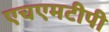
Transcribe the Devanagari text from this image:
एचएमटीपी